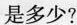
是多少?